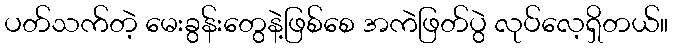
ပတ်သက်တဲ့ မေးခွန်းတွေနဲ့ဖြစ်စေ အကဲဖြတ်ပွဲ လုပ်လေ့ရှိတယ်။